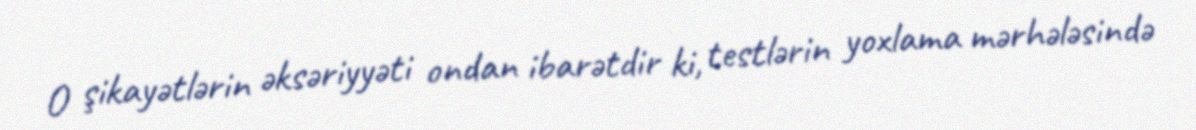
O şikayətlərin əksəriyyəti ondan ibarətdir ki, testlərin yoxlama mərhələsində